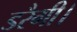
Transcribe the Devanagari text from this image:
डरैगी।